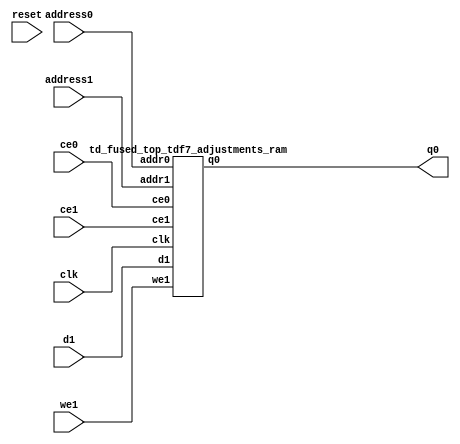
`define EXPONENT 5
`define MANTISSA 10
`define ACTUAL_MANTISSA 11
`define EXPONENT_LSB 10
`define EXPONENT_MSB 14
`define MANTISSA_LSB 0
`define MANTISSA_MSB 9
`define MANTISSA_MUL_SPLIT_LSB 3
`define MANTISSA_MUL_SPLIT_MSB 9
`define SIGN 1
`define SIGN_LOC 15
`define DWIDTH (`SIGN+`EXPONENT+`MANTISSA)
`define IEEE_COMPLIANCE 1

module td_fused_top_tdf7_adjustments(
    reset,
    clk,
    address0,
    ce0,
    q0,
    address1,
    ce1,
    we1,
    d1);

parameter DataWidth = 32'd48;
parameter AddressRange = 32'd256;
parameter AddressWidth = 32'd8;
input reset;
input clk;
input[AddressWidth - 1:0] address0;
input ce0;
output[DataWidth - 1:0] q0;
input[AddressWidth - 1:0] address1;
input ce1;
input we1;
input[DataWidth - 1:0] d1;



td_fused_top_tdf7_adjustments_ram td_fused_top_tdf7_adjustments_ram_U(
    .clk( clk ),
    .addr0( address0 ),
    .ce0( ce0 ),
    .q0( q0 ),
    .addr1( address1 ),
    .ce1( ce1 ),
    .we1( we1 ),
    .d1( d1 )
);

endmodule
module td_fused_top_tdf7_adjustments_ram (addr0, ce0, q0, addr1, ce1, d1, we1,  clk);

parameter DWIDTH = 48;
parameter AWIDTH = 8;
parameter MEM_SIZE = 256;

input[AWIDTH-1:0] addr0;
input ce0;
output reg[DWIDTH-1:0] q0;
input[AWIDTH-1:0] addr1;
input ce1;
input[DWIDTH-1:0] d1;
input we1;
input clk;

 reg [DWIDTH-1:0] ram[MEM_SIZE-1:0];




always @(posedge clk)  
begin 
    if (ce0) begin
        q0 <= ram[addr0];
    end
end


always @(posedge clk)  
begin 
    if (ce1) begin
        if (we1) 
            ram[addr1] <= d1; 
    end
end


endmodule